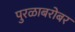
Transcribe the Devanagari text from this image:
पुरळाबरोबर